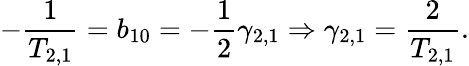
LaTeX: -\frac{1}{T_{2,1}}=b_{10}=-\frac{1}{2}\gamma_{2,1}\Rightarrow\gamma_{2,1}=\frac{2}{T_{2,1}}.